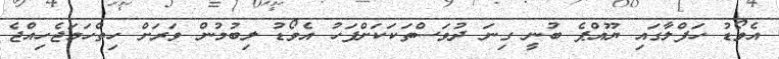
އެވޯޑު ހަފްލާގައި ޔޫއްޕެ ބުނީ ގިނަ ދުވަސްތަކަކަށްފަހު އެވޯޑު ލިބުމުން ވަރަށް ހިތްހަަމަޖެހިއްޖެ